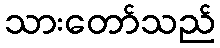
သားတော်သည်